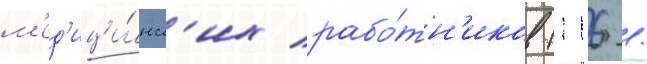
м'ед'ици́нск'их рабо́тн'иков (116 /